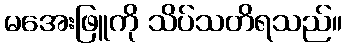
မအေးဖြူကို သိပ်သတိရသည်။